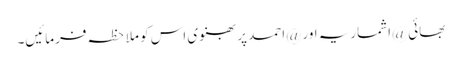
بھائی @اشماریہ اور @احمد پربھنوی اس کو ملاحظہ فرمائیں۔